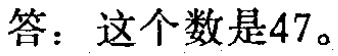
答：这个数是47。